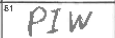
Transcription: PIW